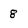
Character: 8